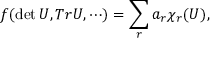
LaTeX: f ( \operatorname * { d e t } U , T r U , \cdots ) = \sum _ { r } a _ { r } \chi _ { r } ( U ) ,